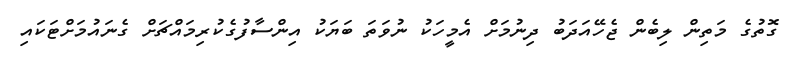
ގޮތުގެ މަތިން ލިބެން ޖެހޭއަދަބު ދިނުމަށް އެމީހަކު ނުވަތަ ބަޔަކު އިންސާފުގެކުރިމައްޗަށް ގެނައުމަށްޓަކައި